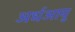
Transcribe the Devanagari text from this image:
अर्धआयु